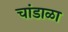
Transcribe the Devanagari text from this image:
चांडाळा